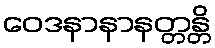
ဝေဒနာနာနတ္တန္တိ